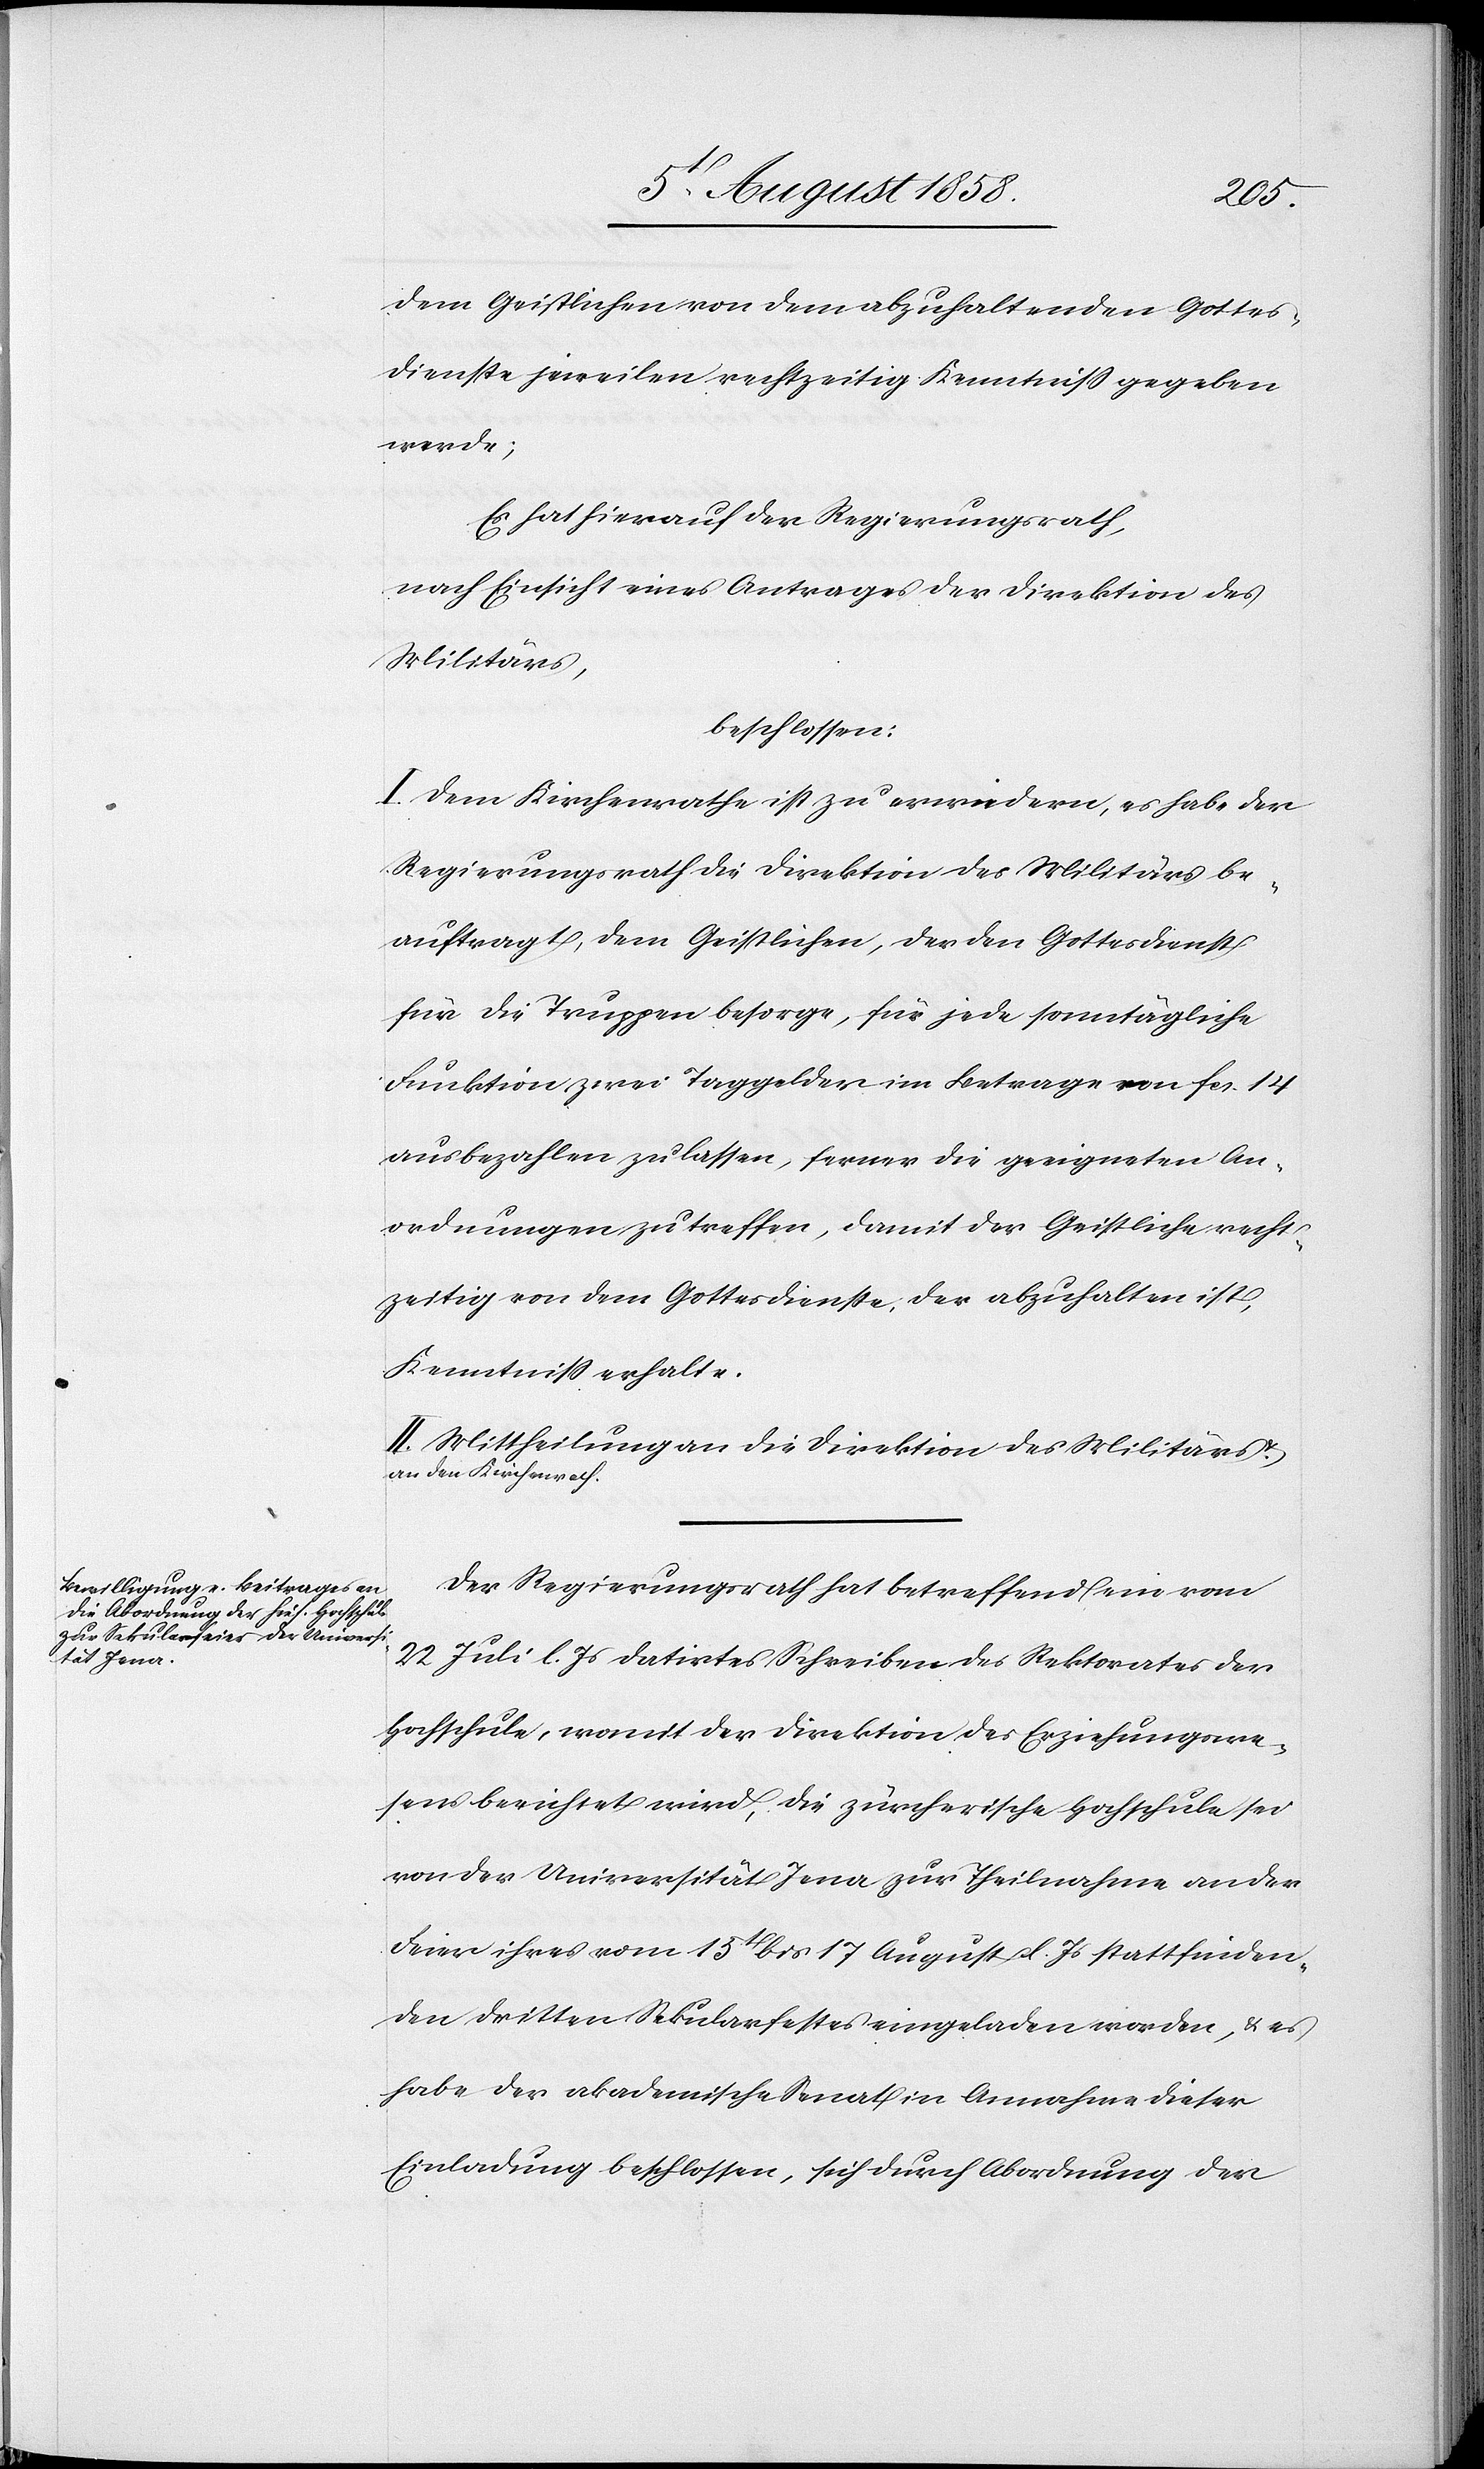
dem Geistlichen von dem abzuhaltenden Gottes¬
dienste jeweilen rechtzeitig Kenntniss gegeben
werde;
Es hat hierauf der Regierungsrath,
nach Einsicht eines Antrages der Direktion des
Militärs,
beschlossen:
I. Dem Kirchenrathe ist zu erwiedern, es habe der
Regierungsrath die Direktion des Militärs be¬
auftragt, dem Geistlichen, der den Gottesdienst
für die Truppen besorge, für jede sonntägliche
Funktion zwei Taggelder im Betrage von fcs. 14
ausbezahlen zu lassen, ferner die geeigneten An¬
ordnungen zu treffen, damit der Geistliche recht¬
zeitig von dem Gottesdienste, der abzuhalten ist,
Kenntniss erhalte.
II. Mittheilung an die Direktion des Militärs
an den Kirchenrath.
Der Regierungsrath hat betreffend ein vom
22 Juli l. Js datirtes Schreiben des Rektorates der
Hochschule, womit der Direktion des Erziehungswe¬
sens berichtet wird, die zürcherische Hochschule sei
von der Universität Jena zur Theilnahme an der
Feier ihres vom 15t bis 17 August l. Js stattfinden¬
den dritten Sekularfestes eingeladen worden, & es
habe der akademische Senat in Annahme dieser
Einladung beschlossen, sich durch Abordnung der